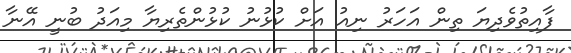
ފާއިތުވެދިޔަ ތިން އަހަރު ނިއު އަށް ކުޅުނު ކުޅުންތެރިޔާ މިއަދު ބުނީ އޭނާ